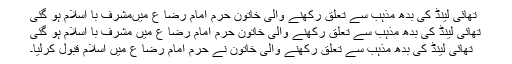
تھائی لینڈ کی بدھ مذہب سے تعلق رکھنے والی خاتون حرم امام رضا ع میںمشرف با اسلام ہو گئی
تھائی لینڈ کی بدھ مذہب سے تعلق رکھنے والی خاتون حرم امام رضا ع میں مشرف با اسلام ہو گئی
تھائی لینڈ کی بدھ مذہب سے تعلق رکھنے والی خاتون نے حرم امام رضا ع میں اسلام قبول کرلیا۔